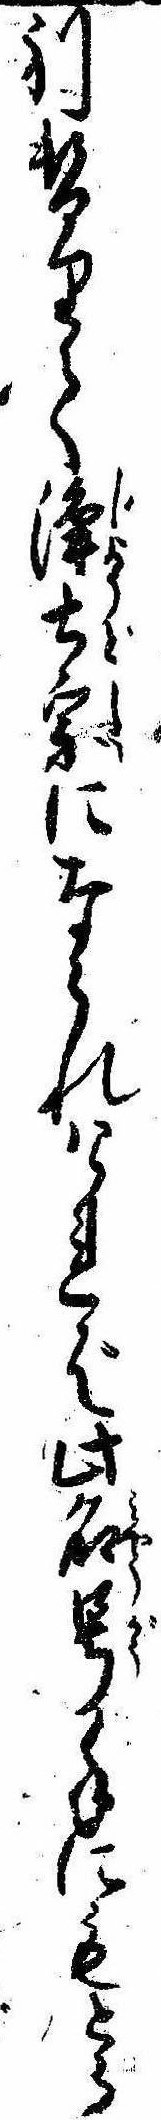
別替りて浄土宗になられければ此名号手にもとら